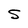
Character: S